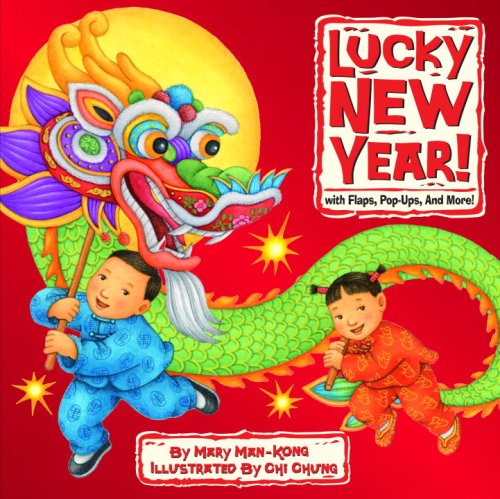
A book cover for Lucky New Year! with Flaps, Pop-Ups, and More!; Mary Man-Kong; Children's Books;